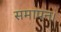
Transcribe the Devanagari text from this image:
समापन।